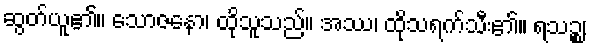
ဆွတ်ယူ၏။ သောဇနော၊ ထိုသူသည်။ အဿ၊ ထိုသရက်သီး၏။ ရသဉ္စ၊